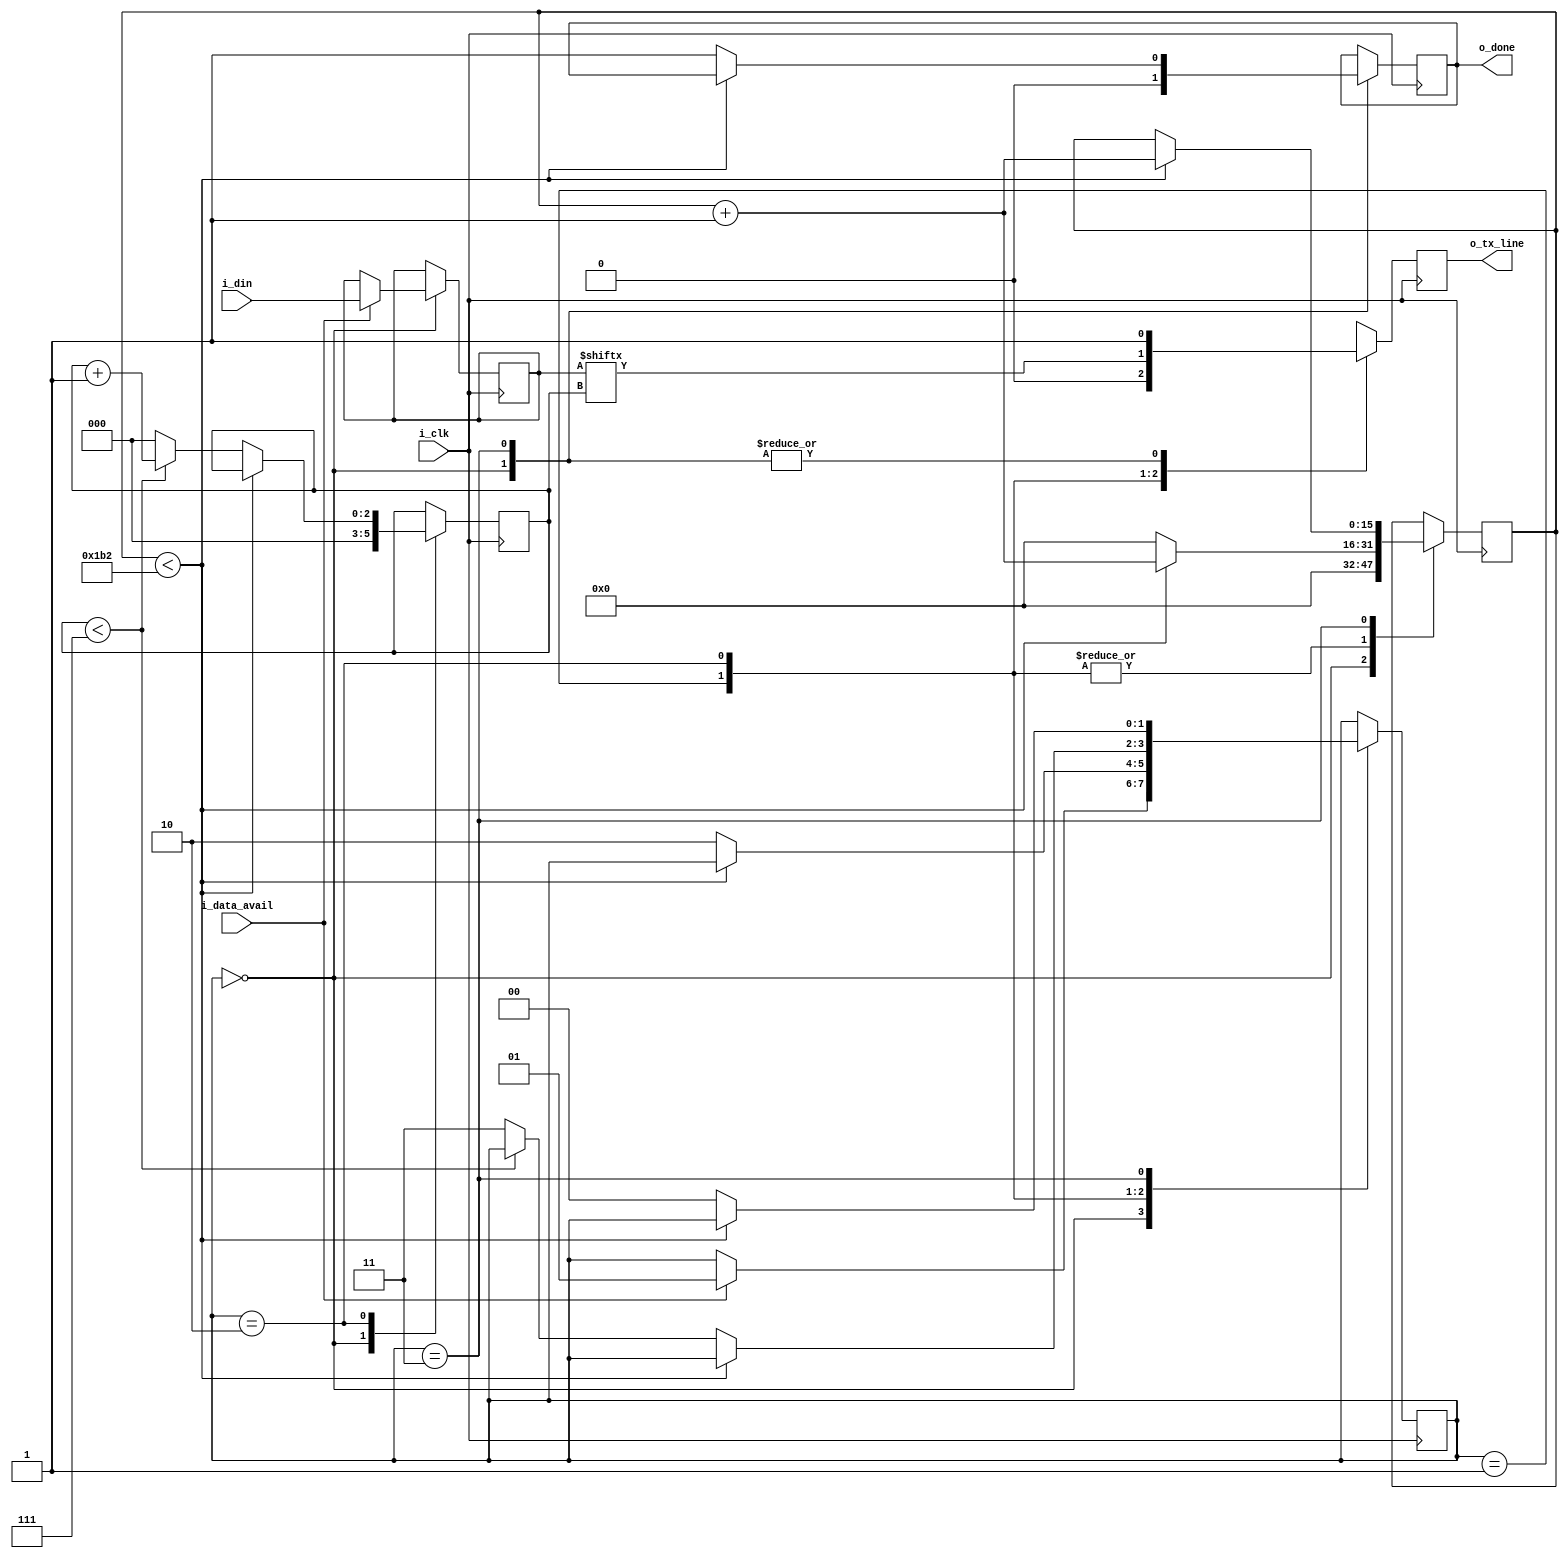
//CLKS_PER_BIT = 50 MHZ clock, 115200 baud UART
module UART_Tx
#(parameter CLKS_PER_BIT = 435)
(
input i_clk,
input i_data_avail,
input [7:0]i_din,
output reg o_tx_line,
output reg o_done
);


reg [1:0] state;
reg [15:0] counter;
reg [2:0] bit_idx;
reg [7:0] buffer;


localparam	IDLE	= 2'd0,
			START	= 2'd1,
			DATA	= 2'd2,
			STOP	= 2'd3;
			

always @ ( posedge i_clk )
	begin
		case( state )
			IDLE:
				begin
					o_tx_line <= 1'd1;	//tx line IDLE HIGH
					o_done <= 1'd0;
					counter <= 16'd0;
					bit_idx <= 1'd0;
					if( i_data_avail )
						begin
							buffer <= i_din;
							state <= START;
						end
				end
			START:	//send start bit
				begin
					o_tx_line <= 1'd0;
					//wait CLKS_PER_BTI -1 clock cycles for start bit to 1
					if( counter < CLKS_PER_BIT - 1)
						begin
							counter <= counter + 16'd1;
						end
					else
						begin
							counter <= 16'd0;
							state <= DATA;
						end
				end
			DATA:
				begin
					o_tx_line <= buffer[bit_idx];
					if( counter < CLKS_PER_BIT - 1)
						begin
							counter <= counter + 16'd1;
						end
					else
						begin
							counter <= 16'd0;
							// Check if we have sent out all bits
							if( bit_idx < 7)
								begin
									bit_idx <= bit_idx + 3'd1;
								end
							else
								begin
									bit_idx <= 3'd0;
									state <= STOP;
								end
						end
				end
			STOP: //send stop bit
				begin
					o_tx_line <= 1;
					if( counter < CLKS_PER_BIT - 1)
						begin
							counter <= counter + 16'd1;
						end
					else
						begin
							o_done <= 1;
							state <= IDLE;
						end
				end
			default:
				begin
					state <= IDLE;
				end
		endcase

	end
	
endmodule